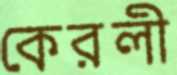
কেরলী